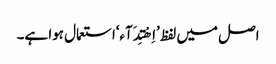
اصل میں لفظ ’اِھْتِدَآء‘استعمال ہوا ہے۔